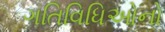
ગતિવિધિઓનો